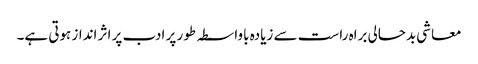
معاشی بدحالی براہ راست سے زیادہ باواسطہ طور پر ادب پر اثر انداز ہوتی ہے۔